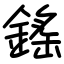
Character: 鎐